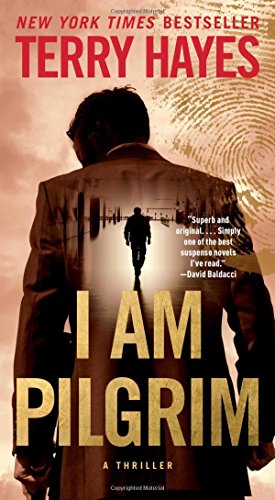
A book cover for I Am Pilgrim: A Thriller; Terry Hayes; Mystery, Thriller & Suspense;